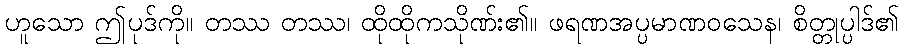
ဟူသော ဤပုဒ်ကို။ တဿ တဿ၊ ထိုထိုကသိုဏ်း၏။ ဖရဏအပ္ပမာဏဝသေန၊ စိတ္တုပ္ပါဒ်၏